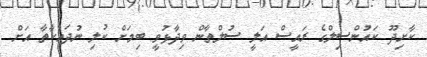
ކާށިދޫ ކައުންސިލްގެ ރައީސް އަލީ ސުލްތާން ވިދާޅުވީ ބިމަށް ކުލި ނުދައްކާތާ އަށް